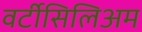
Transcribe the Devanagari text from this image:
वर्टीसिलिअम